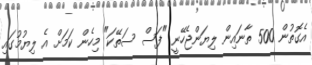
އެގޮތުން 500 ތާނައިން ލިޔަންޖެހޭނީ "ފަސް ސަތޭކަ" މިހެން ކަމަށް އެ ލިޔުމުގައި